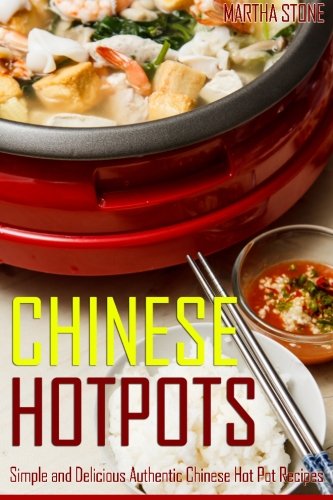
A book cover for Chinese Hotpots: Simple and Delicious Authentic Chinese Hot Pot Recipes; Martha Stone; Cookbooks, Food & Wine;